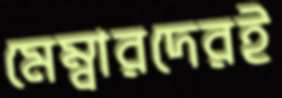
মেম্বারদেরই